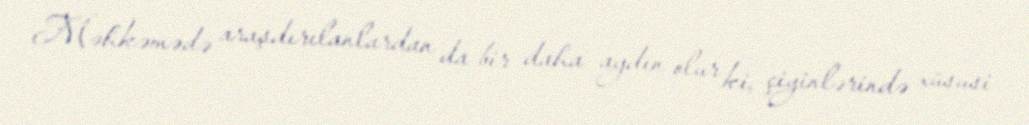
Məhkəmədə araşdırılanlardan da bir daha aydın olur ki, çiyinlərində xüsusi